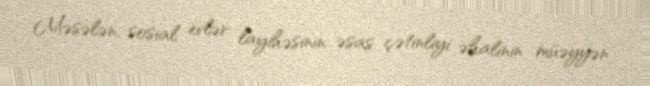
Məsələn, sosial evlər layihəsinin əsas çətinliyi əhalinin müəyyən